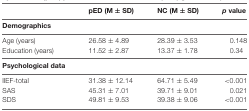
<table><thead><tr><td>[EMPTY_CELL]</td><td><b>pED (M ± SD)</b></td><td><b>NC (M ± SD)</b></td><td><b><i>p</i> value</b></td></tr></thead><tbody><tr><td><b>Demographics</b></td><td>[EMPTY_CELL]</td><td>[EMPTY_CELL]</td><td>[EMPTY_CELL]</td></tr><tr><td>Age (years)</td><td>26.58 ± 4.89</td><td>28.39 ± 3.53</td><td>0.148</td></tr><tr><td>Education (years)</td><td>11.52 ± 2.87</td><td>13.37 ± 1.78</td><td>0.34</td></tr><tr><td><b>Psychological data</b></td><td>[EMPTY_CELL]</td><td>[EMPTY_CELL]</td><td>[EMPTY_CELL]</td></tr><tr><td>IIEF-total</td><td>31.38 ± 12.14</td><td>64.71 ± 5.49</td><td>&lt;0.001</td></tr><tr><td>SAS</td><td>45.31 ± 7.01</td><td>39.71 ± 9.01</td><td>0.021</td></tr><tr><td>SDS</td><td>49.81 ± 9.53</td><td>39.38 ± 9.06</td><td>&lt;0.001</td></tr></tbody></table>